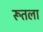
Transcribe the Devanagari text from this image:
रूतला